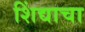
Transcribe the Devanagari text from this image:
शिंद्याचा